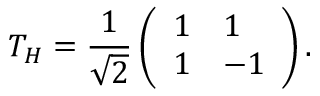
T _ { H } = \frac { 1 } { \sqrt { 2 } } \left( \begin{array} { l l } { 1 } & { 1 } \\ { 1 } & { - 1 } \end{array} \right) .